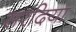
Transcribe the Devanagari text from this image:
सरदिया